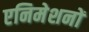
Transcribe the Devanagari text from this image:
एनिमेशनों